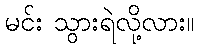
မင်း သွားရဲလို့လား။